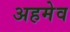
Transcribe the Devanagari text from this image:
अहमेव